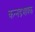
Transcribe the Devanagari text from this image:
कन्नडभाषक